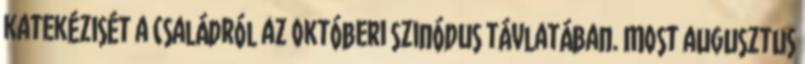
katekézisét a családról az októberi szinódus távlatában. Most augusztus